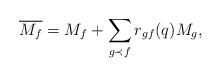
LaTeX: \begin{align*}\overline{M_f}=M_f+\sum_{g\prec f}r_{gf}(q) M_g,\end{align*}